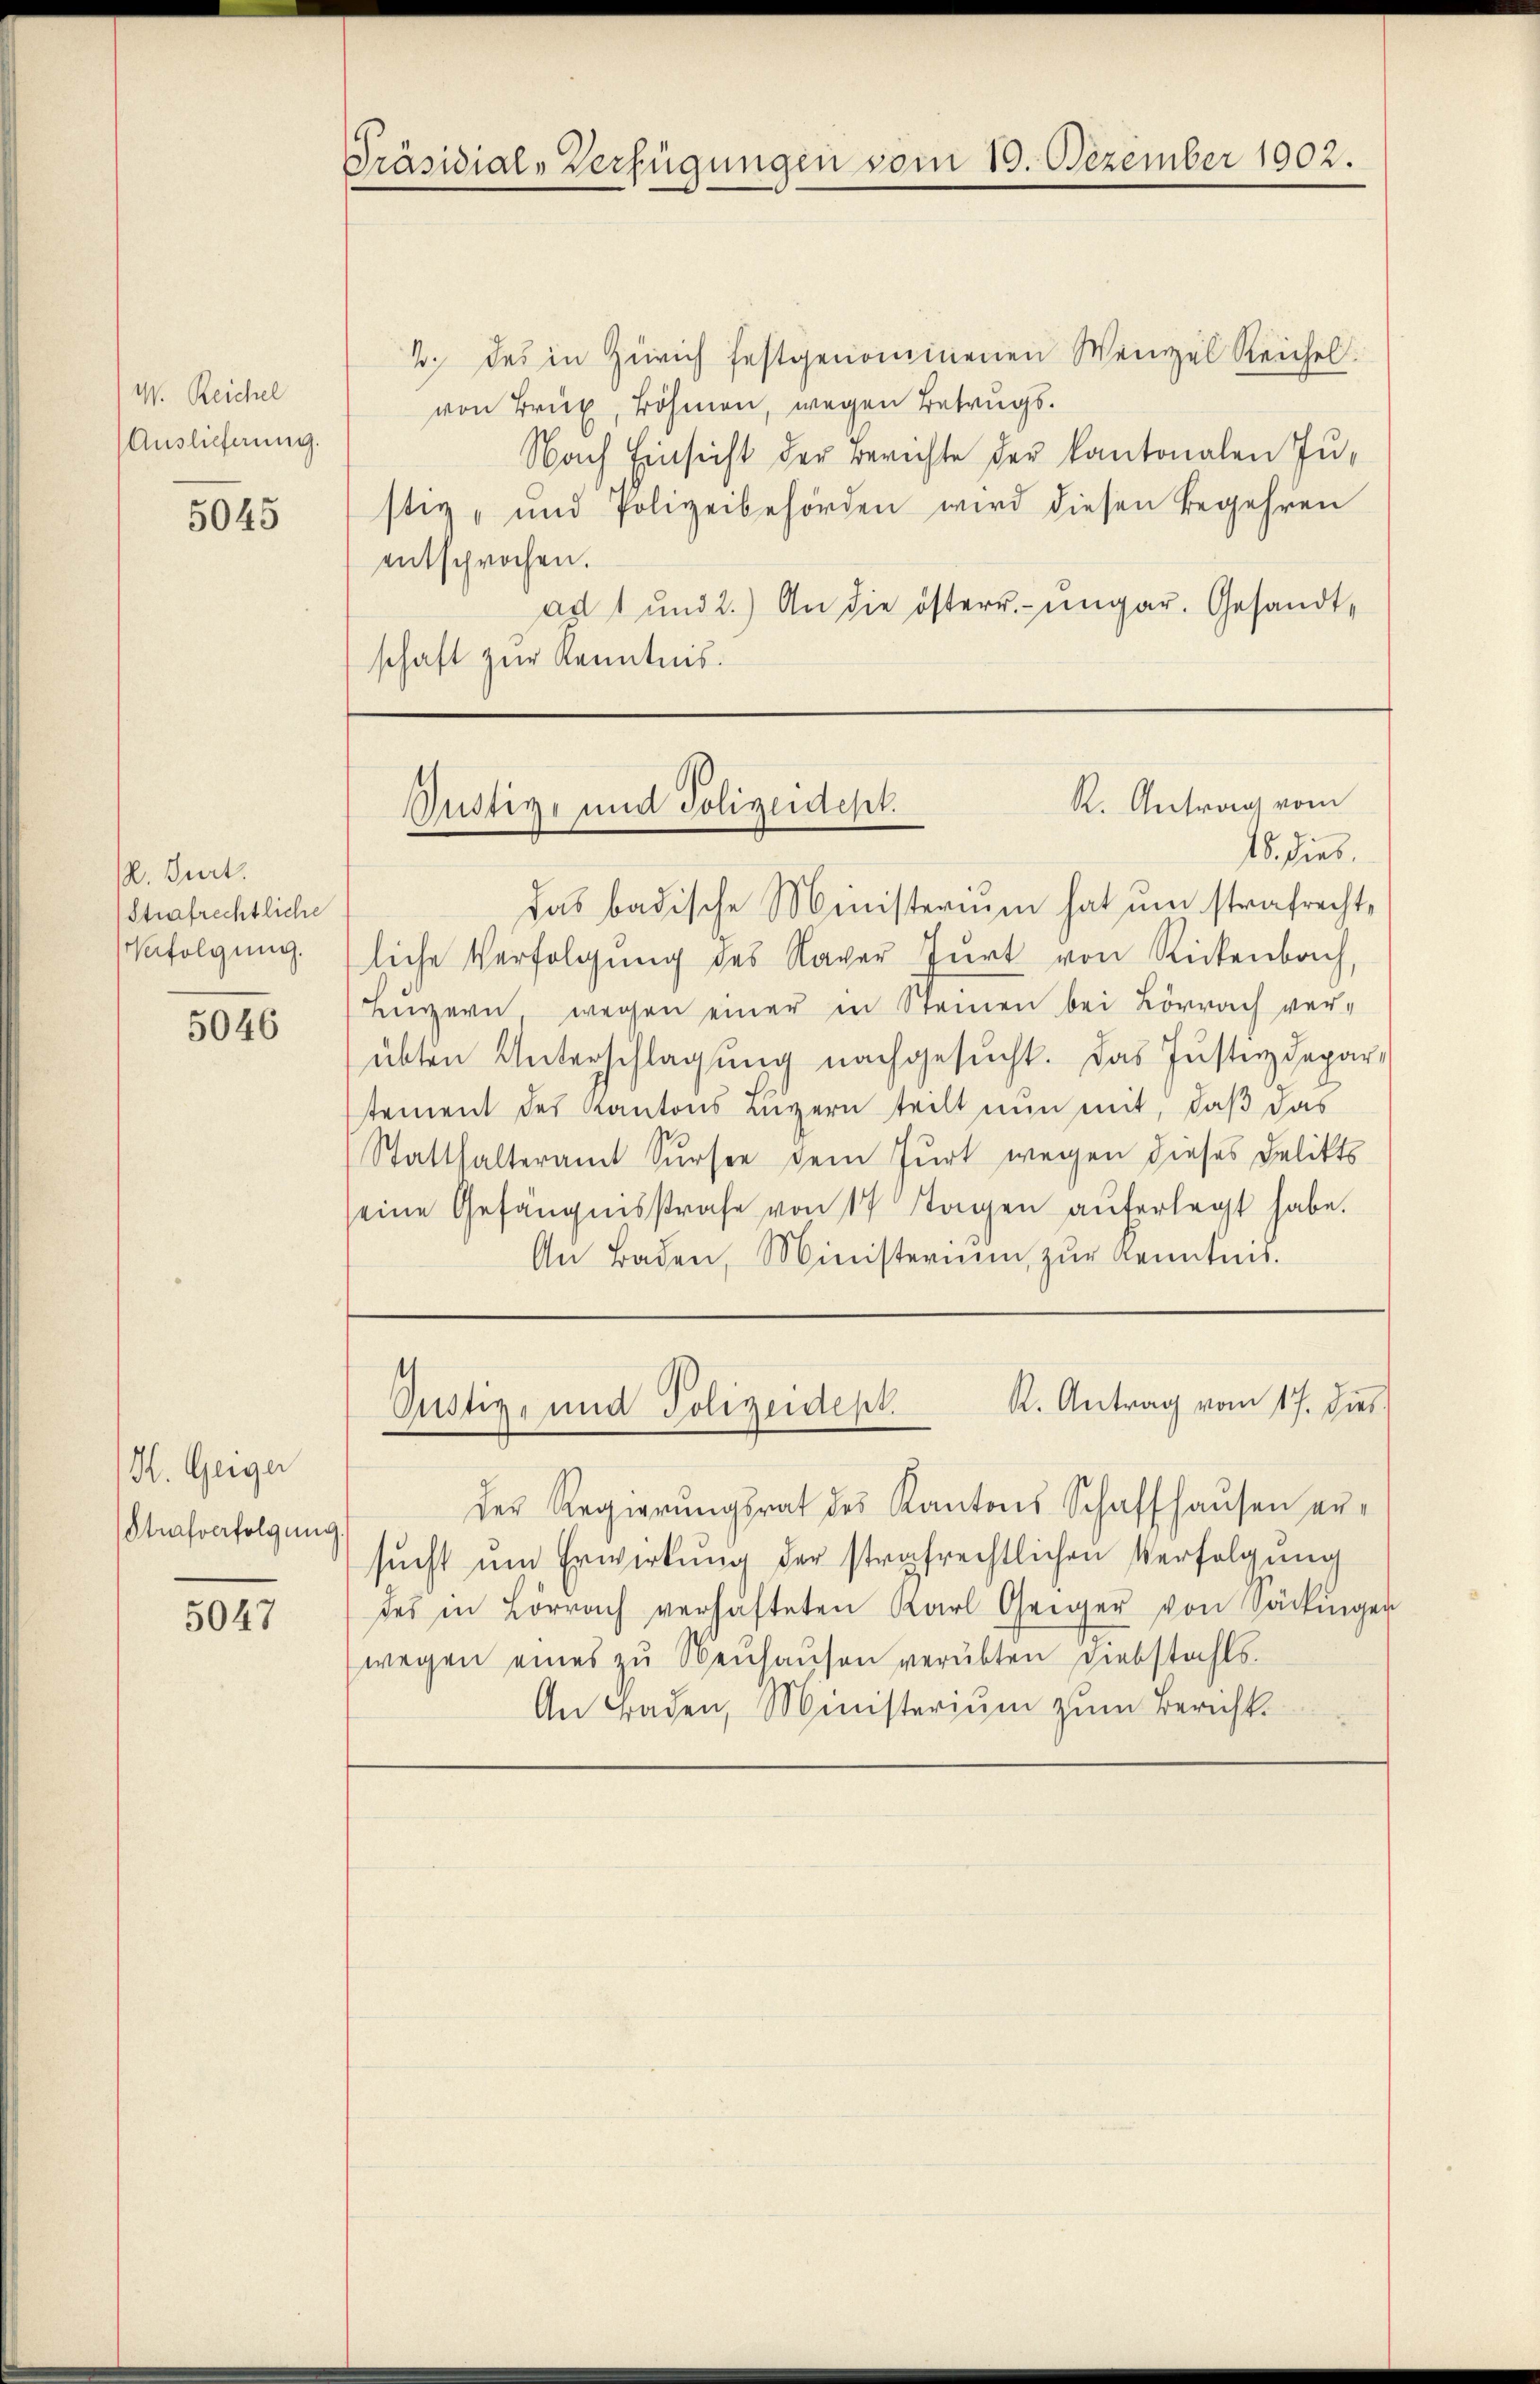
W. Reichel
Auslieferung.

5045

. Gurt.
Strafrechtliche
Verfolgung.

5046

H. Geiger
Strafverfolgung.

5047

Präsidial-Verfügungen vom 19. Dezember 1002.

2. Das in Zürich festgenommenen Weinzel Reichel
von Brix, Böhmen, wegen Betrugs¬
Nach Einsicht der Berichte der kantonalen Justiz- und Polizeibehörden wird diesen Begehren
entsprochen.
ad 1 und 2.) An die österr. ungar. Gesandtschaft zur Kenntnis.

R. Antrag vom
Justiz- und Polizeidept.
15. dies

das badische Ministerium hat um strafrecht,
liche Verfolgŭng des Naver Zŭrt von Rickenbach,
Luzern wegen einer in Steinen bei Lörrach ver-
übten Unterschlagung nachgesucht. Das Justizdepar-
stement des Kantons Luzern teilt nun mit, daß das
Statthalteramt Sursee dem Furt wegen dieses Delikts
eine Gefängnisstrafe von 14 Tagen aŭferlegt habe.
An Baden, Ministerium zur Kenntnis.

R. Antrag vom 17. dies
Justiz- und Polizeidept.

Der Regierŭngsrat des Kantons Schaffhaŭsen er-
sucht um Erwirkung der strafrechtlichen Verfolgung
des in Lörrach verhafteten Karl Geiger von Säckingen
wegen eines zŭ Neŭhaŭsen verübten Diebstahls
An Baden, Ministerium zum Bericht.